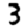
Digit: 3